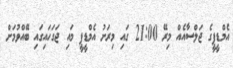
އެމްޑީޕީގެ ޖަލްސާއެއް މިރޭ 21:00 ގައި މިރަށު އެމްޑީޕީ މައި ޖަގަހައިގައި ބޭއްވުމަށް